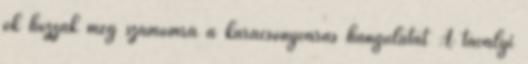
ők hozzák meg számomra a karácsonyvárás hangulatát A tavalyi